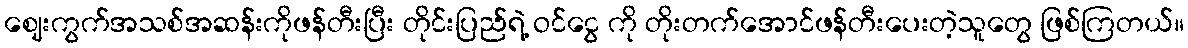
ဈေးကွက်အသစ်အဆန်းကိုဖန်တီးပြီး တိုင်းပြည်ရဲ့ ဝင်ငွေ ကို တိုးတက်အောင်ဖန်တီးပေးတဲ့သူတွေ ဖြစ်ကြတယ်။